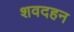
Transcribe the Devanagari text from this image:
शवदहन